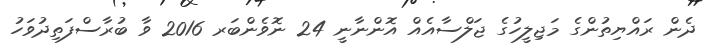
ދެން ރައްޔިތުންގެ މަޖިލީހުގެ ޖަލްސާއެއް އޮންނާނީ 24 ނޮވެންބަރ 2016 ވާ ބުރާސްފަތިދުވަހު